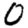
Digit: 0